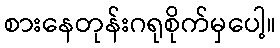
စားနေတုန်းဂရုစိုက်မှပေါ့။